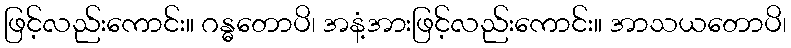
ဖြင့်လည်းကောင်း။ ဂန္ဓတောပိ၊ အနံ့အားဖြင့်လည်းကောင်း။ အာသယတောပိ၊